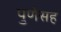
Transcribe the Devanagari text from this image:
पुणेसह